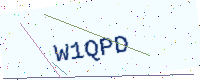
Text: W1QPD